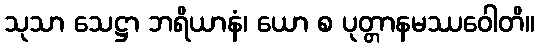
သုသာ သေဋ္ဌာ ဘရိယာနံ၊ ယော စ ပုတ္တာနမဿဝေါတိ။